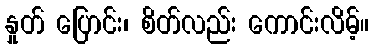
နှုတ် ပြောင်း၊ စိတ်လည်း ကောင်းလိမ့်။